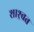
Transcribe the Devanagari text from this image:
शाश्र्वत